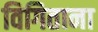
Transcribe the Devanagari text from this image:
विगिताना